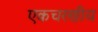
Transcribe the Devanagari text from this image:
एकचरणीय